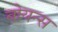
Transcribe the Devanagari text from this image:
बोयन्स